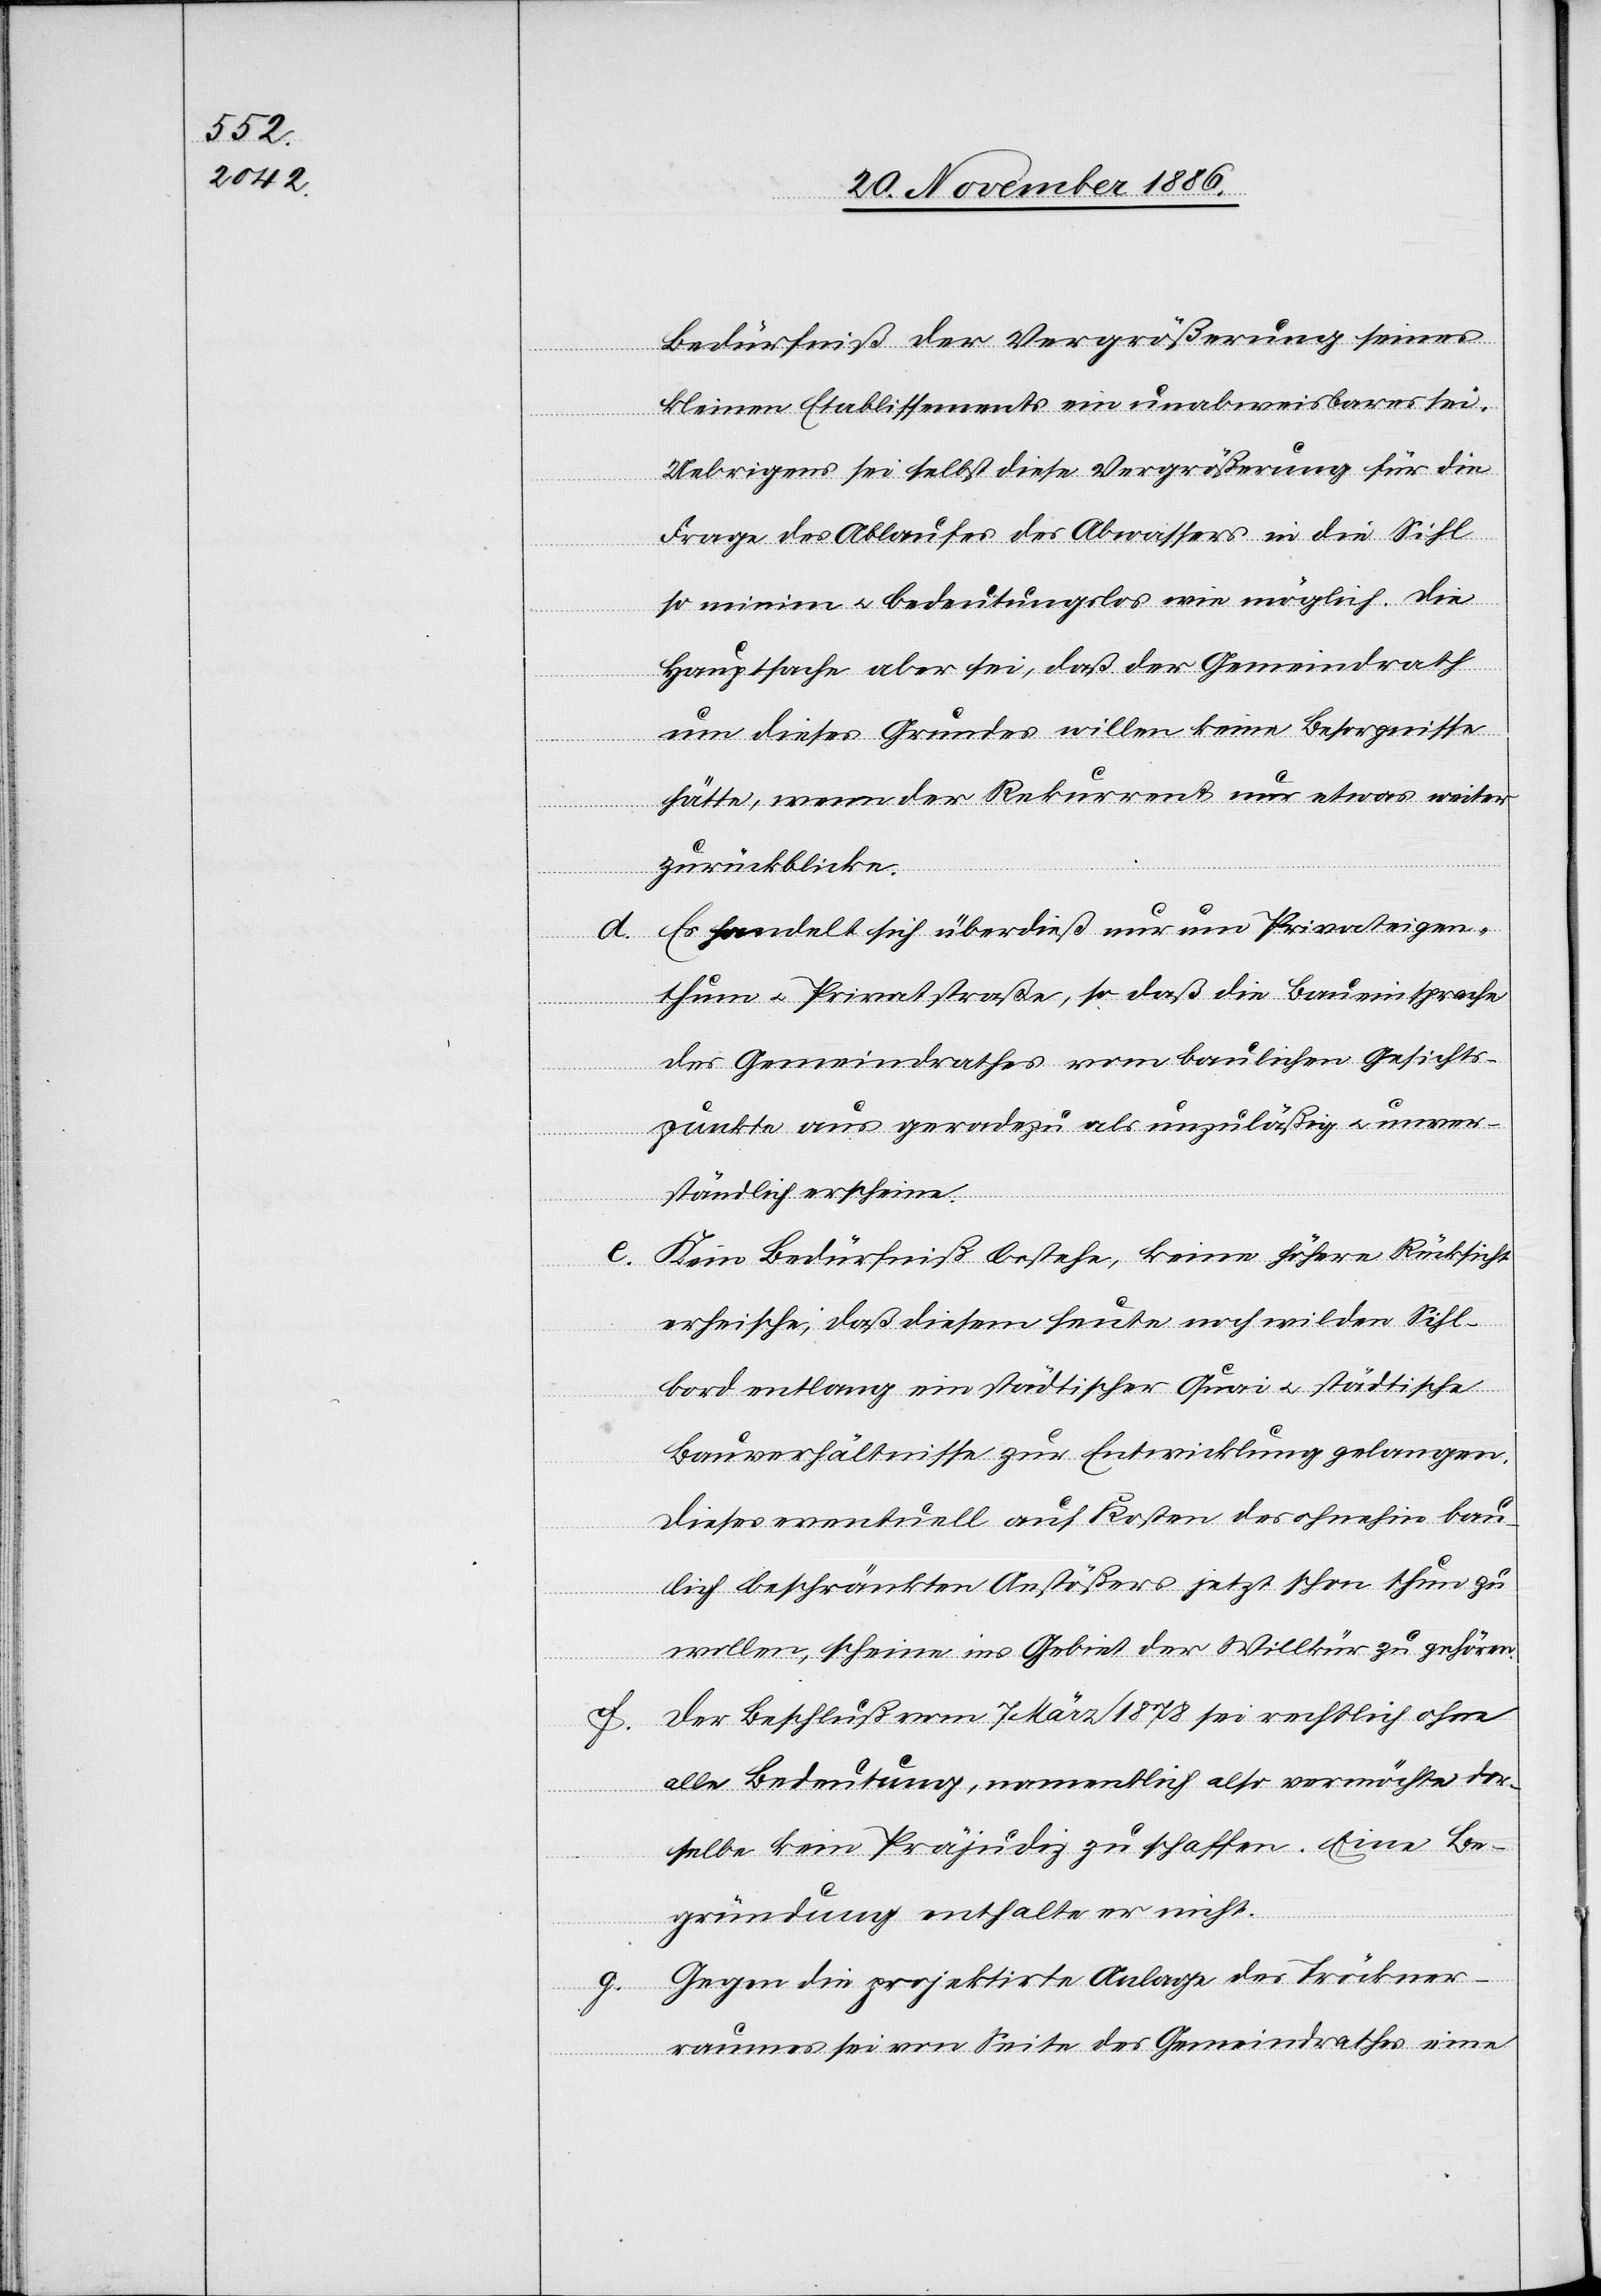
d.
Bedürfniß der Vergrößerung seines
kleinen Etablissements ein unabweisbares sei.
Uebrigens sei selbst diese Vergrößerung für die
Frage des Ablaufes des Abwassers in die Sihl
so minim & bedeutungslos wie möglich. Die
Hauptsache aber sei, daß der Gemeindrath
um dieses Grundes willen keine Besorgnisse
hätte, wenn der Rekurrent nur etwas weiter
zurückblicke.
Es handelt sich überdieß nur um Privateigen¬
thum & Privatstraße, so daß die Baueinsprache
des Gemeindrathes vom baulichen Gesichts¬
punkte aus geradezu als unzuläßig & unver¬
ständlich erscheine.
e. Kein Bedürfniß bestehe, keine höhere Rücksicht
erheische, daß diesem heute noch wilden Sihl¬
bord entlang ein städtischer Quai & städtische
Bauverhältnisse zur Entwicklung gelangen.
Dieses eventuell auf Kosten des ohnehin bau¬
lich beschränkten Anstößers jetzt schon thun zu
wollen, scheine ins Gebiet der Willkür zu gehören.
f. Der Beschluß vom 7. März 1878 sei rechtlich ohne
alle Bedeutung, namentlich also vermöchte der¬
selbe kein Präjudiz zu schaffen. Eine Be¬
gründung enthalte er nicht.
g. Gegen die projektirte Anlage des Tröckner¬
raumes sei von Seite des Gemeindrathes eine